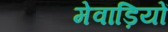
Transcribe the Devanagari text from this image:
मेवाड़ियों